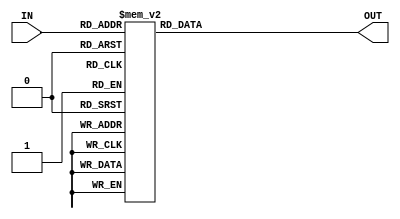
module dco(IN, OUT);
	input [2:0]IN;
	output [7:0]OUT;
	reg [7:0]OUT;
	always @(*) begin
		case(IN)
			3'b000: OUT = 8'b00000001;
			3'b001: OUT = 8'b00000010;
			3'b010: OUT = 8'b00000100;
			3'b011: OUT = 8'b00001000;
			3'b100: OUT = 8'b00010000;
			3'b101: OUT = 8'b00100000;
			3'b110: OUT = 8'b01000000;
			3'b111: OUT = 8'b10000000;
		endcase
	end
endmodule

module test;
	reg [2:0]in;
	wire [7:0]out;
	dco gco(in, out);
	initial begin
		$dumpfile("decoder8X3(Behavioural Modelling).vcd");
		$dumpvars(0,test);
		$display("Input\tOutput");
		$monitor("%b\t%b",in,out);
		#0  in = 3'b000;
		#10 in = 3'b001;
		#10 in = 3'b010;
		#10 in = 3'b011;
		#10 in = 3'b100;
		#10 in = 3'b101;
		#10 in = 3'b110;
		#10 in = 3'b111;
		#10
		$finish;
	end
endmodule